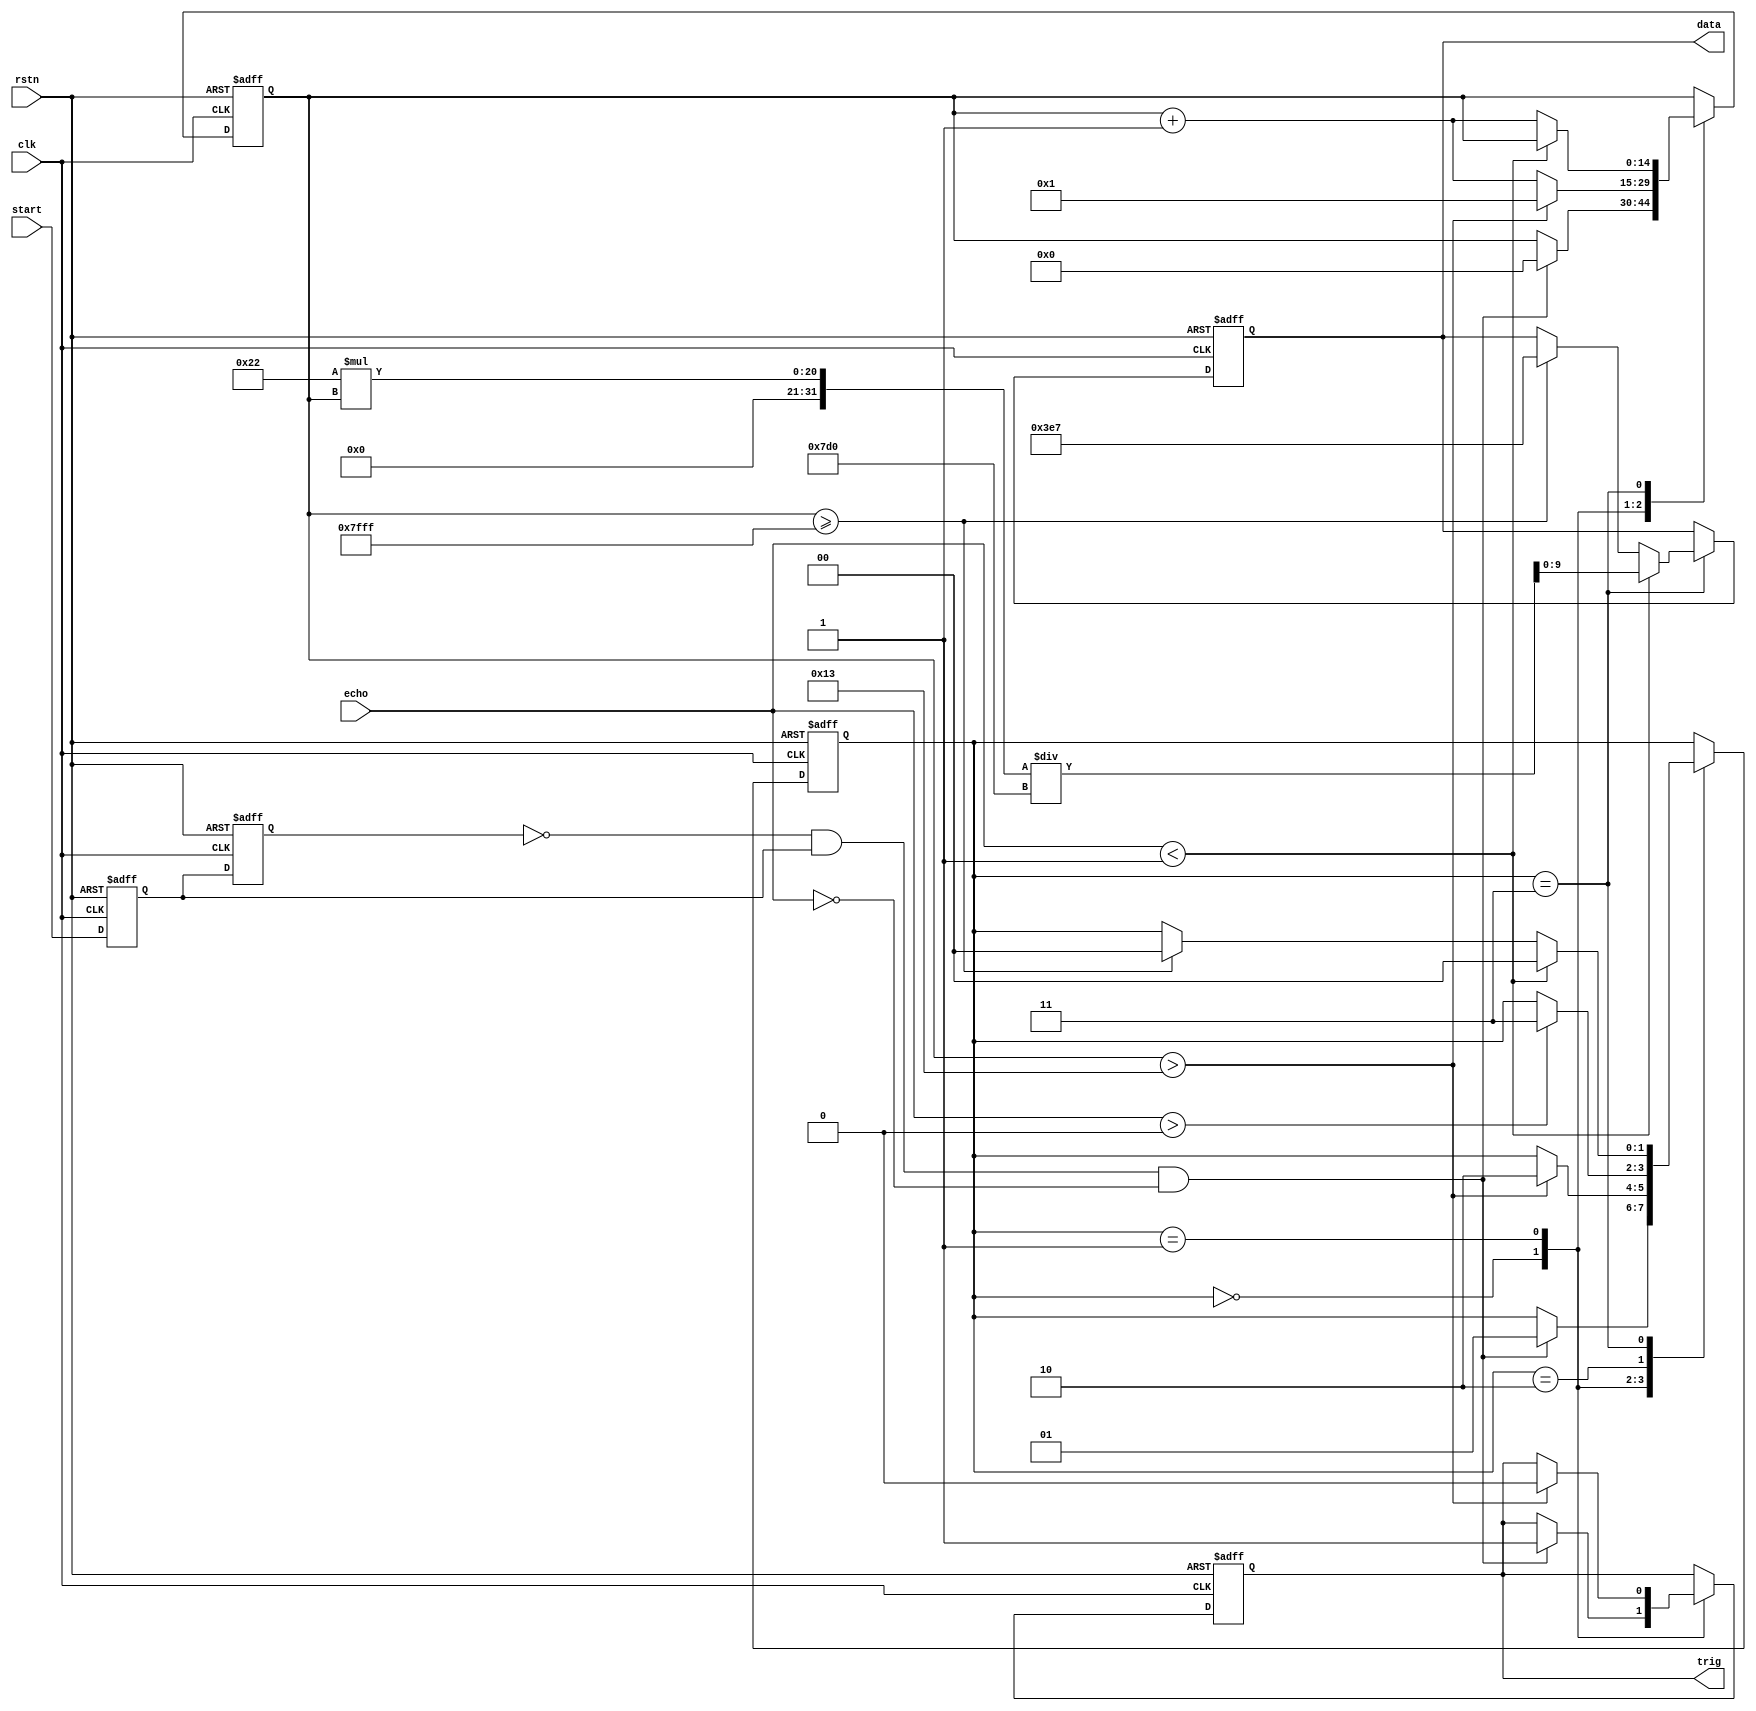
/************************************************************
 * Modulo descriptivo para lectura de sensor ultra HC-SR04  *
 * Sistemas Digitales II, Pablo Zarate (pablinza@me.com)    *
 ***********************************************************/
module drv_sr04(clk, rstn, trig, echo, start, data);
input clk;   //Reloj de 1MHz o t=1uS
input rstn;  //Reinicio activo en nivel bajo
input echo;  //Pin Eco del Sensor
input start; //Pulso para iniciar lectura
output reg trig;//Pin trigger del Sensor
output reg [9:0] data; //Dato distancia de 10-bits(0-511cm)
reg [14:0] cnt; //Contador de pulsos 15 bits
localparam INIT=0; //Espera disparo Start
localparam TRIG=1; //Dispara pulso por 10us
localparam ECHO=2; //Contador de pulso ECO
localparam WAIT=3; //Espera y calcula dato
reg [1:0] state; //registro de estados
reg start_d0, start_d1; //Registro para captura ET(Edge Transition)
wire start_flag; //Indicador de flanco, Bandera ET
assign start_flag = (~start_d1) & start_d0; //Asigna Transicion LTOH 
always @(posedge clk or negedge rstn)
begin
  if(rstn == 0)
  begin
    data <= 10'd123;
    cnt <= 15'd0;
    trig <= 1'b0;
    start_d0 <= 1'b0;
    start_d1 <= 1'b0;
    state <= INIT;
  end
  else
  begin
  start_d0 <= start; //Almacena estado actual
  start_d1 <= start_d0; //Almacena estado previo
  case(state)
    INIT:if(start_flag && (echo==0))
         begin
           trig <= 1'b1;
           cnt <= 15'd0;
           state <= TRIG;
         end
    TRIG:if(cnt > 19) //Espera los 10us
         begin
           trig <= 1'b0;
           cnt <= 15'd1; //Inicia en 1
       state <= ECHO;
         end
         else cnt <= cnt + 1'b1;
    ECHO:if(echo > 0)
           state <= WAIT;
    WAIT:if(echo < 1)
         begin
           data <= ((34 * cnt) / 2000); //(0.034cm * us)/2	
			  state <= INIT;
         end 
	     else
         begin        
           cnt <= cnt + 1'b1;
           if(cnt >= 15'h7FFF)
           begin
             data <= 10'd999;
             state <= INIT;
           end
         end
  endcase
  end
end
endmodule